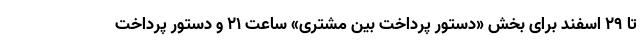
تا ۲۹ اسفند برای بخش «دستور پرداخت بین مشتری» ساعت ۲۱ و دستور پرداخت